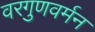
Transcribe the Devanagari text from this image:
वरगुणवर्मन